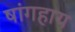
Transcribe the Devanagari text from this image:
षांगहाय